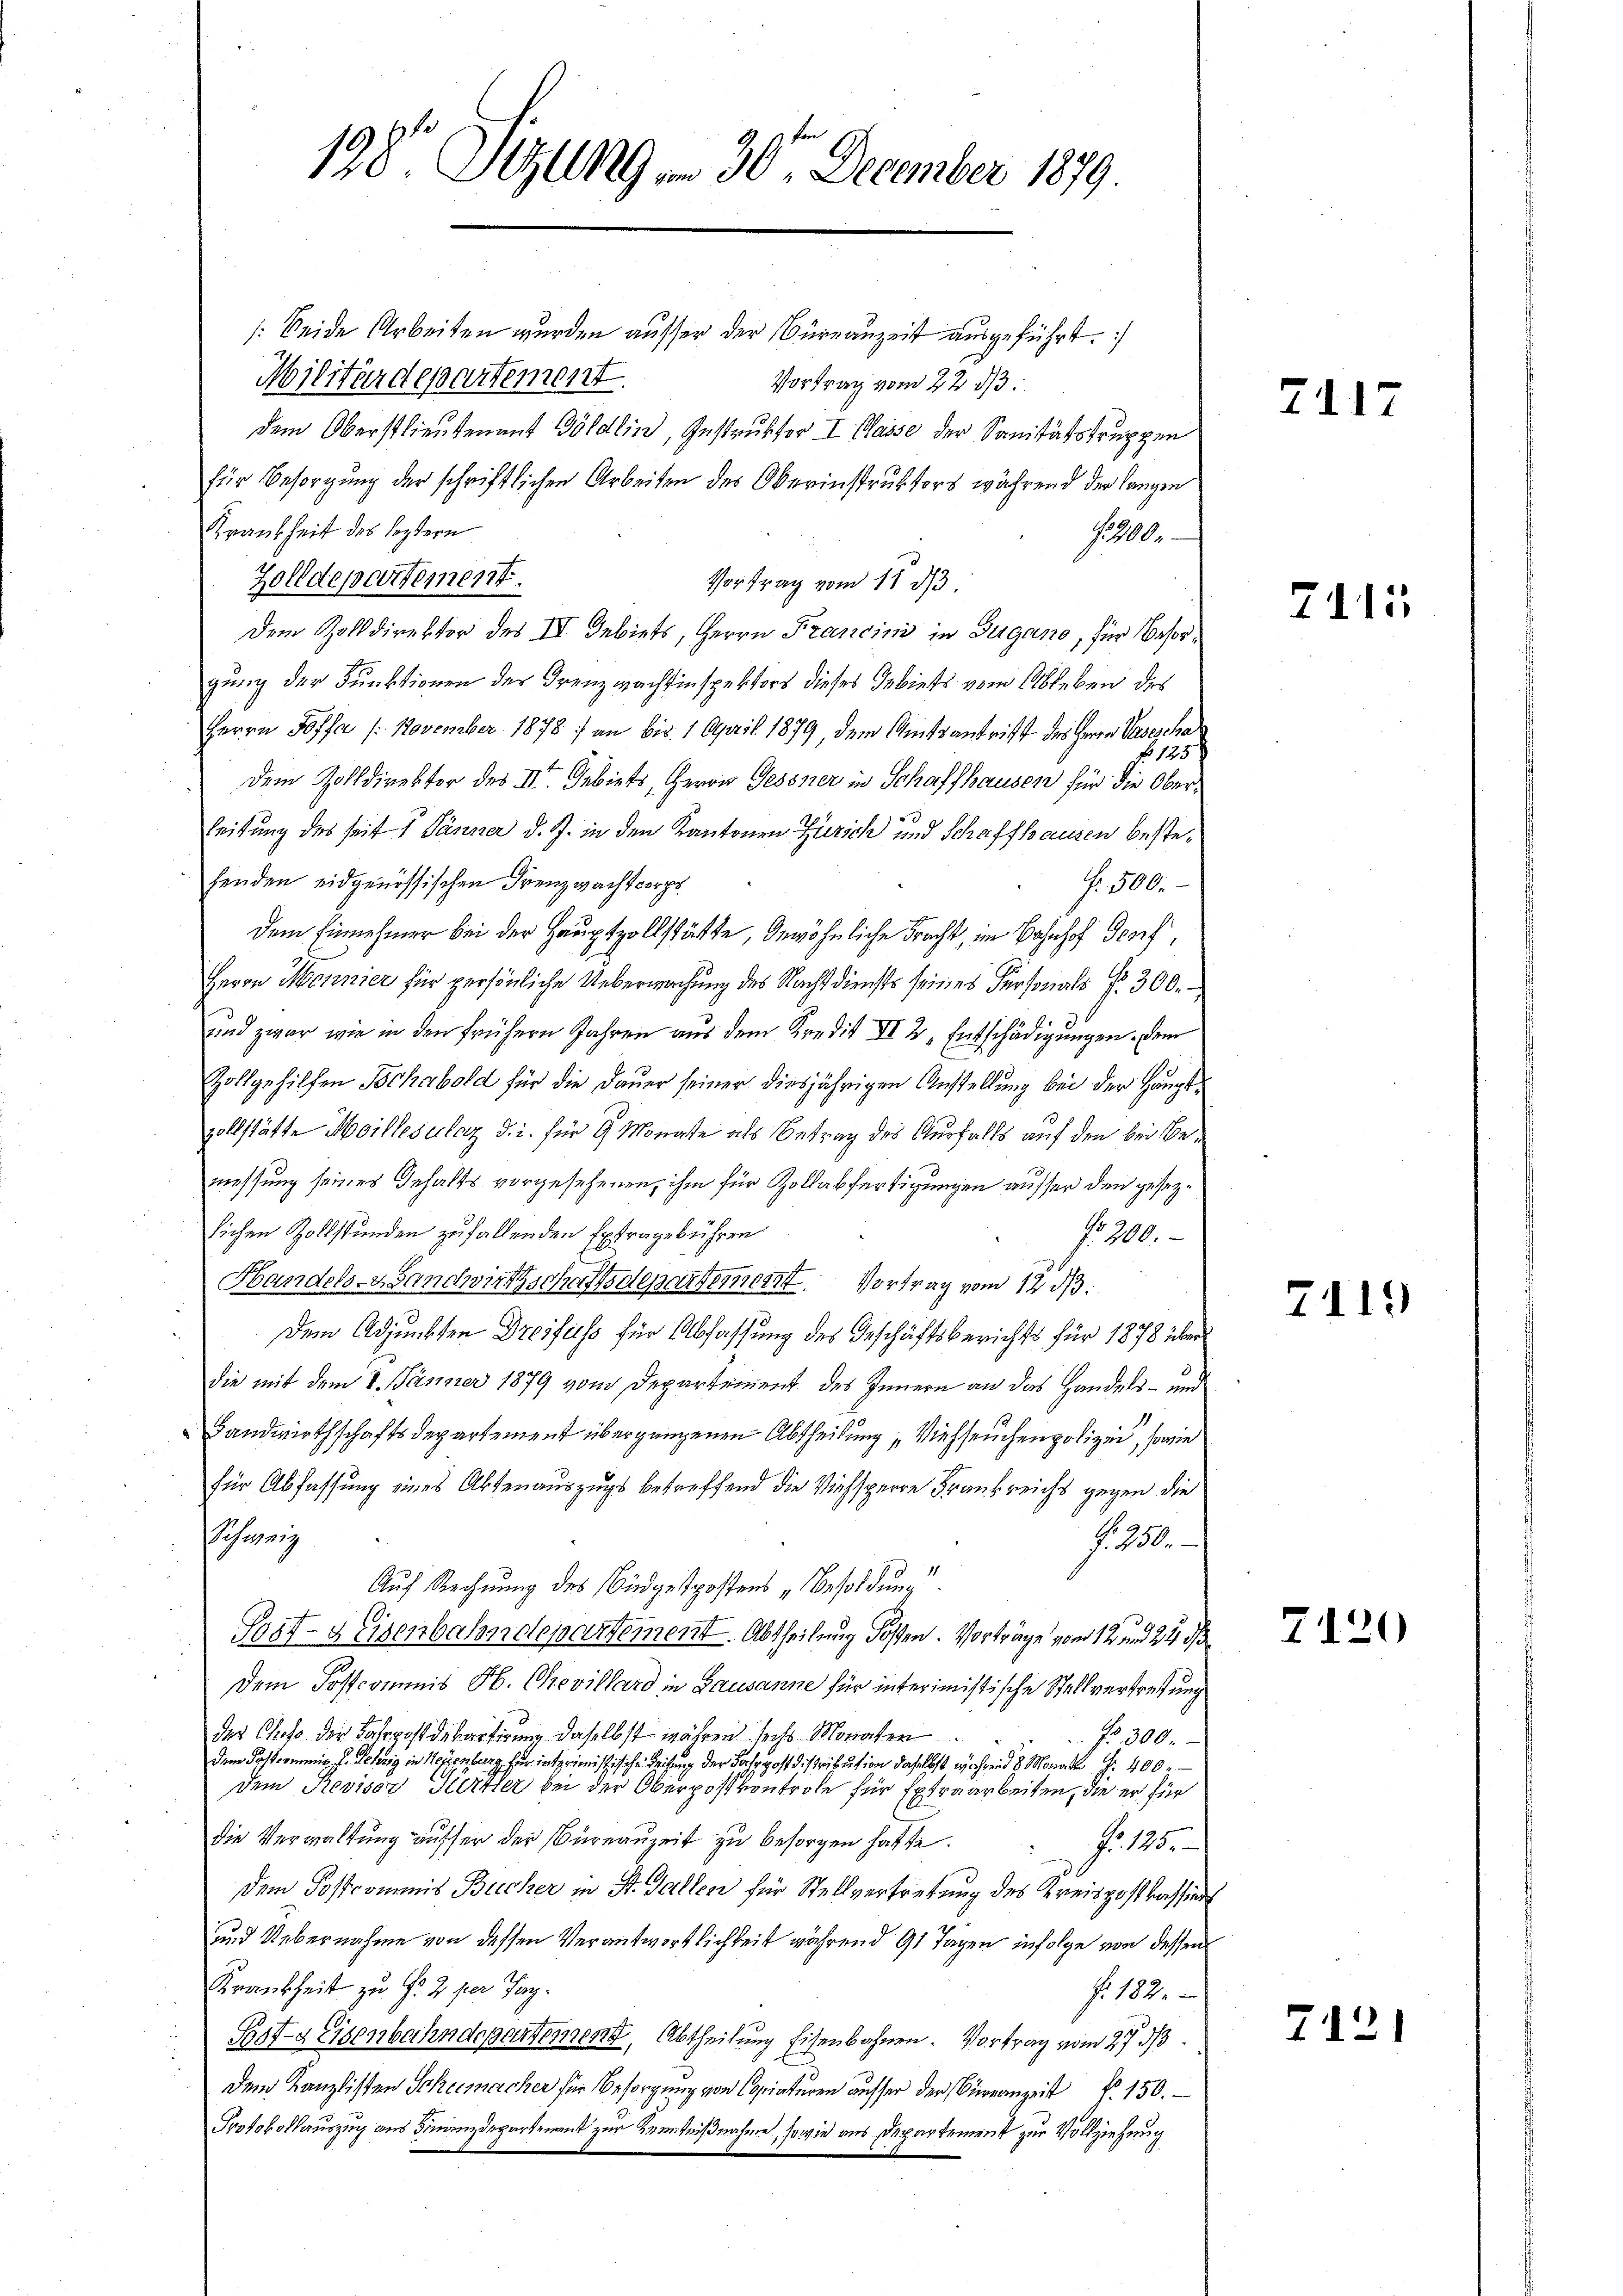
198. Sell19 am 30. December 1879.

/:beide Arbeiten wurden ausser der Büreauzeit ausgeführt.
Militärdepartement.
Vortrag vom 22. d.
dem Oberstlieutenant Göldlin, Instruktor I Classe der Sanitätsgruppen
für Besorgŭng der schriftlichen Arbeiten des Oberinstrŭktors während der langen
Krankheit des leztern
J. 290.
Zolldepartement.
Vortrag vom 11. 373.
Dem Zolldirektor des IV. Gebiets, Herrn Francini in Zugano, für Besorgung der Funktionen der Grenzwachsinspektors dieses Gebiets vom Ableben des
Herrn Hoffa /: November 1878 / an bis 1. April 1879, dem Amtsantrift des Herrn Vasescha
f 125
dem Zolldirektor des III. Gebiets, Herrn Gessner in Schaffhausen für die Oberleitung des seit 1 Jänner d. J. in den Kantonen Zürich und Schaffhausen bestehenden eidgenössischen Grenzwachtcorps
N. 500.
dem Einnehmer bei der Hauptzollstätte, gewöhnliche Fracht, im Bahnhof dorf
Herrn Monnier für persönliche Ueberwachung des Nacht diensts seines Personals f. 300.
und zwar wie in den frühern Jahren aus dem Kredit XI 2 „Entschädigungen, dem
Zollgehilfen Schabold für die Dauer seiner diesjährigen Anstellung bei der Hauptvollstätte Meillesalaz d. i. für 9 Monate als Betrag des Ausfalls auf den bei Bemessung seines Gehalts vorgesehenen, ihm für Zollabfertigungen ausser den gesezsichen Zollstunden zufallenden Extragebühren
No 700.
Handels-Handwirtschaftsdepartement. Vortrag vom 12. ds.
Dem Adjunkten Dreifuss für Abfassung des Geschäftsberichts für 1878 über
die mit dem 8. Jänner 1879 vom Departement des Innern an das Handels- und
Landwirthschaftsdepartement übergangenen Abtheilung, Viehseuchen polizei, sowie
für Abfassung eines Abtenauszugs betreffend die Viehsperre Frankreichs gegen die
hezeig
f. 280.
Auf Rechnung des Budgetpostens „Besoldung.
10.
Post-Keisenbahndepartement. Abtheilung Kosten. Vorträge von 12 und 24 d
Dem Postcommis ob. Crevillard in Lausanne für interimistische Stellvertretung
der Chiess der Fahrpostdibartirung daselbst währen sechs Monaten
Fr. 300.
dem Postcommis J. Sehrig in Neuenburg, für interimistische Leitung der Fahrpost Distribution daselbst während 8 Monath f. 400.
dem Revisor Tiertler bei der Oberpostkontrole für Extraarbeiten, die er für
die Verwaltung ausser der Büreauzeit zu besorgen hatte.
No 125.
dem Postcommis Bücher in St. Gallen für Stellvertretung des Kreispostkassions
und Uebernahme von dessen Verantwortlichkeit während 91 Tagen infolge von dessen
Krankheit zu f. 2 per Tag.
No. 182.
Sost-a Eisenbahndepartement, Abtheilung Eisenbahnen. Vortrag vom 27. 33.
Dem Kanzlisten Schermacher für Besorgung von Copiaturen ausser der Franzeit 150.
Protokollauszug aus Finanzdepartenant zur Kenntnißnahme, sowie aus Departement zur Vollziehung

7117

2115

2119

7120

7121